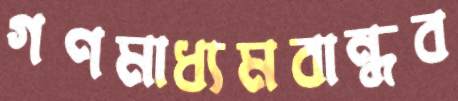
গণমাধ্যমবান্ধব